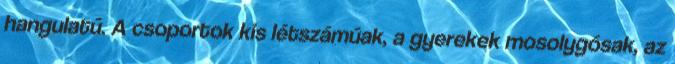
hangulatú. A csoportok kis létszámúak, a gyerekek mosolygósak, az